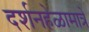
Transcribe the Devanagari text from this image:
दर्शनहेळामात्रें